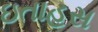
ઇતાહસ